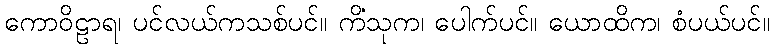
ကောဝိဠာရ၊ ပင်လယ်ကသစ်ပင်။ ကိံသုက၊ ပေါက်ပင်။ ယောထိက၊ စံပယ်ပင်။